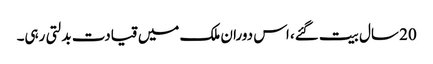
20 سال بیت گئے، اس دوران ملک میں قیادت بدلتی رہی۔